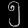
Digit: ၅